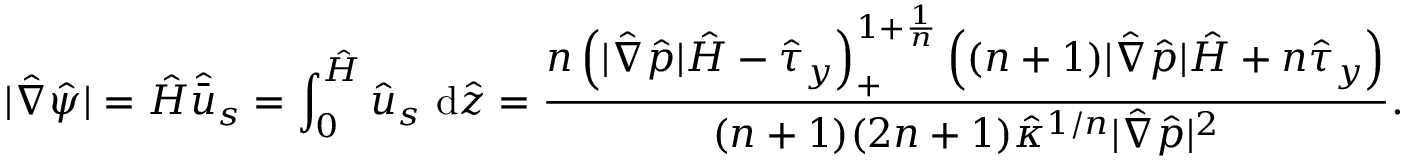
| \hat { \nabla } \hat { \psi } | = \hat { H } \hat { \bar { u } } _ { s } = \int _ { 0 } ^ { \hat { H } } \hat { u } _ { s } ~ \mathrm { d } \hat { z } = \frac { \displaystyle { n \left( | \hat { \nabla } \hat { p } | \hat { H } - \hat { \tau } _ { y } \right) _ { + } ^ { 1 + \frac { 1 } { n } } \left( ( n + 1 ) | \hat { \nabla } \hat { p } | \hat { H } + n \hat { \tau } _ { y } \right) } } { ( n + 1 ) ( 2 n + 1 ) \hat { \kappa } ^ { 1 / n } | \hat { \nabla } \hat { p } | ^ { 2 } } .